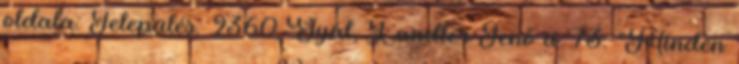
oldala: Település: 2360 Gyál, Landler Jenő u. 73. "Minden